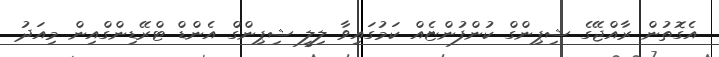
އެގޮތުން ރާއްޖޭގެ ޝިޕިންގް ކުންފުންޏެއް ކަމުގައިވާ ލިލީ ޝިޕިންގް އެންޑް ޓްރޭޑިންގްއިން މިއަދު